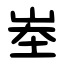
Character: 峚